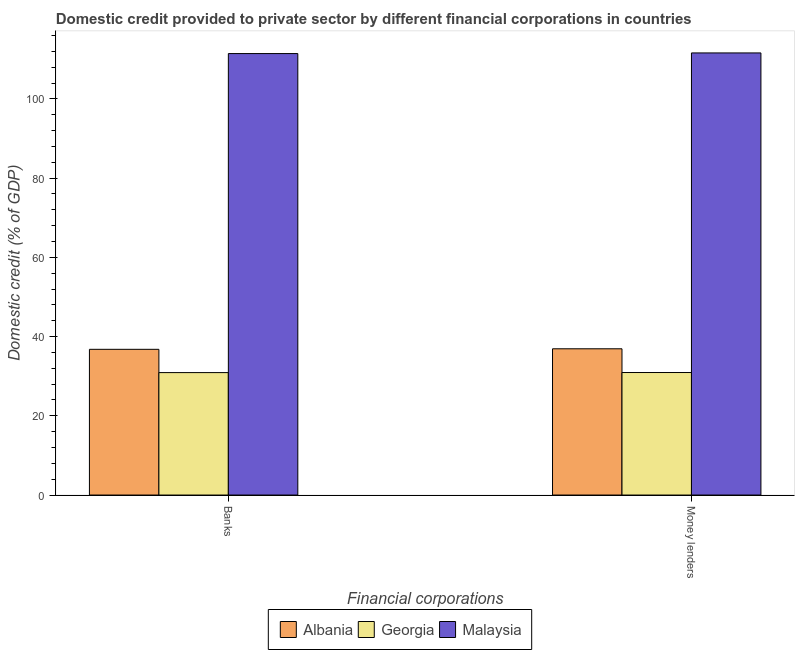
| Financial corporations | Albania | Georgia | Malaysia |
 | --- | --- | --- | --- |
 | Banks | 36.8 | 30.9 | 111 |
 | Money lenders | 36.9 | 30.9 | 112 |